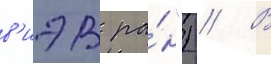
в'иэв ра́н") // В